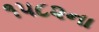
૧૫૮૨ના